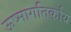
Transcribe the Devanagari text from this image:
ऊष्मागतिर्काय